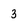
Character: 3